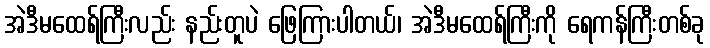
အဲဒီမထေရ်ကြီးလည်း နည်းတူပဲ ဖြေကြားပါတယ်၊ အဲဒီမထေရ်ကြီးကို ရေကန်ကြီးတစ်ခု